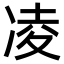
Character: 凌